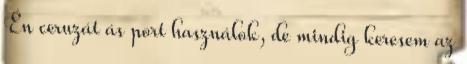
Én ceruzát ás port használok, de mindig keresem az